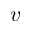
v